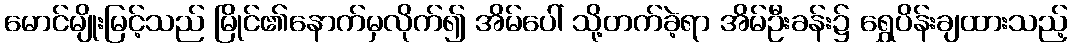
မောင်မျိုးမြင့်သည် မြိုင်၏နောက်မှလိုက်၍ အိမ်ပေါ် သို့တက်ခဲ့ရာ အိမ်ဦးခန်း၌ ရွှေပိန်းချထားသည့်